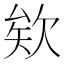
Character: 欸